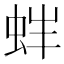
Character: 𧉳